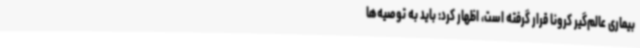
بیماری عالم‌گیر کرونا قرار گرفته است، اظهار کرد: باید به توصیه‌ها